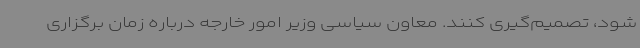
شود، تصمیم‌گیری کنند. معاون سیاسی وزیر امور خارجه درباره زمان برگزاری